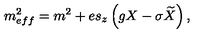
m _ { e f f } ^ { 2 } = m ^ { 2 } + e s _ { z } \left( g X - \sigma \widetilde { X } \right) ,